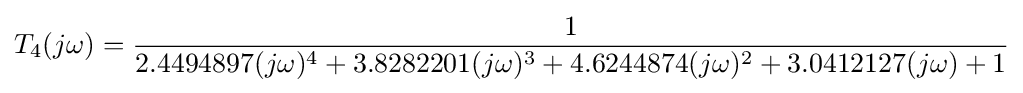
T_{4}(j\omega )={\frac {1}{2.4494897(j\omega )^{4}+3.8282201(j\omega )^{3}+4.6244874(j\omega )^{2}+3.0412127(j\omega )+1}}